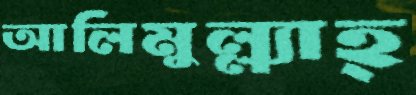
আলিমুল্ল্যাহ্